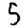
Digit: 5